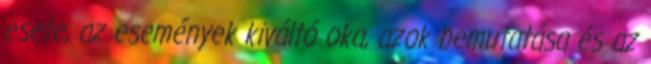
esete, az események kiváltó oka, azok bemutatása és az